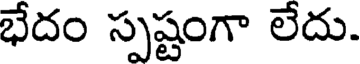
భేదం స్పష్టంగా లేదు.